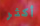
أكثر